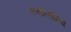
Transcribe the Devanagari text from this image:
बार्थोलोमिव